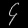
Digit: ၄